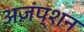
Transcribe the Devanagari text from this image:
अज़ंप्शन